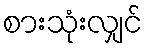
စားသုံးလျှင်